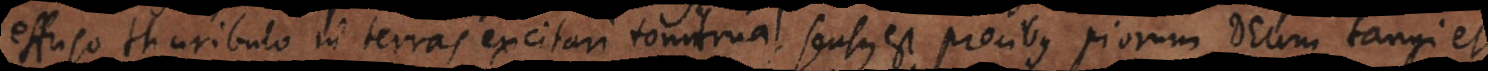
effuso thuribulo in terras excitari tonitrua, sensus est precibus piorum Deum tangi et